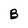
Character: B